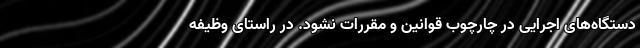
دستگاه‌های اجرایی در چارچوب قوانین و مقررات نشود. در راستای وظیفه